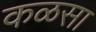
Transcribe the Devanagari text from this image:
कळसा